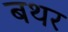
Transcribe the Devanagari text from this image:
बथर